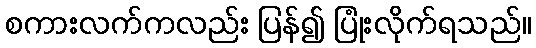
စကားလက်ကလည်း ပြန်၍ ပြုံးလိုက်ရသည်။